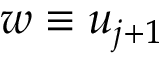
w \equiv u _ { j + 1 }